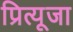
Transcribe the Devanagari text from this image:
प्रित्यूजा